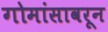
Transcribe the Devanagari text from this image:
गोमांसावरून